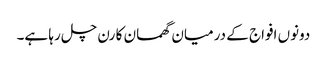
دونوں افواج کے درمیان گھمسان کا رن چل رہا ہے۔